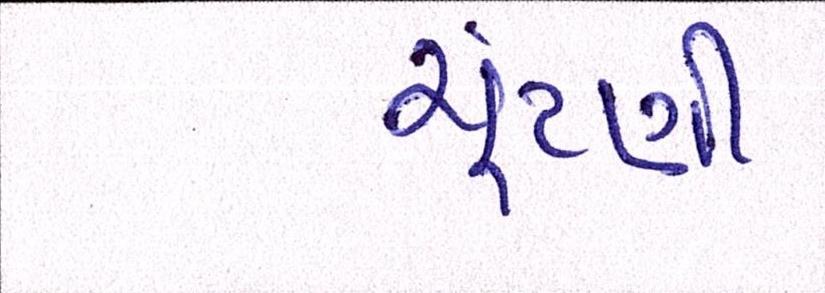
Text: ચુંટણી